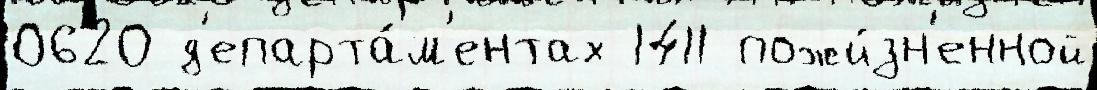
0620 д'епарта́м'ентах 1411 пожи́зн'енной